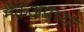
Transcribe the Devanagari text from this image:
मेकअपच्या